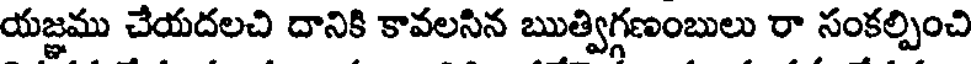
యజ్ఞము చేయదలచి దానికి కావలసిన ఋత్విగ్గణంబులు రా సంకల్పించి